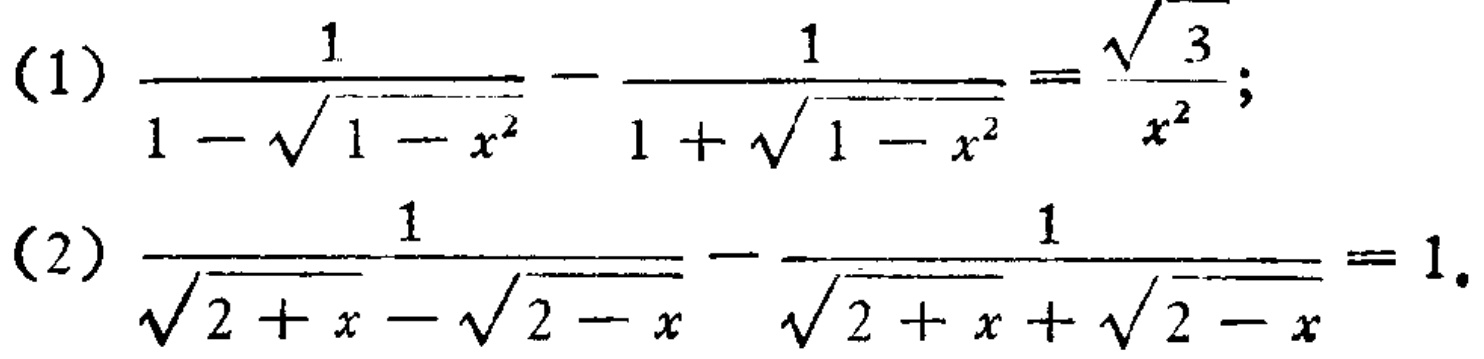
(1) \(\frac{1}{1 - \sqrt{1 - x^{2}}} - \frac{1}{1 + \sqrt{1 - x^{2}}} = \frac{\sqrt{3}}{x^{2}}\);
(2) \(\frac{1}{\sqrt{2 + x} - \sqrt{2 - x}} - \frac{1}{\sqrt{2 + x} + \sqrt{2 - x}} = 1\).